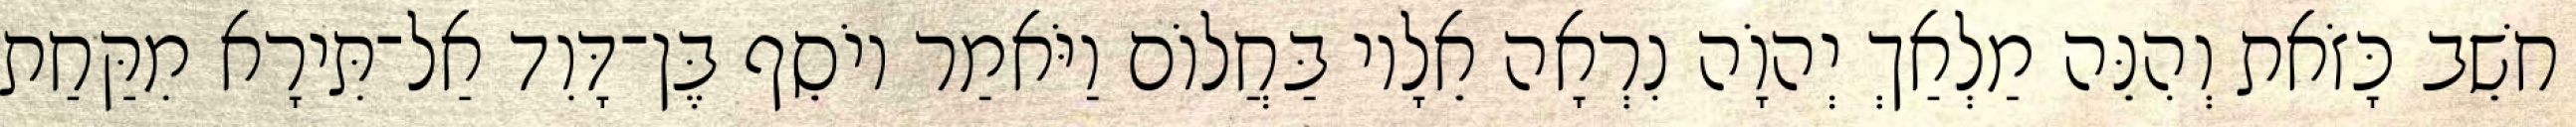
חשֵׁב כָּזֹאת וְהִנֵּה מַלְאַךְ יְהוָֹה נִרְאָה אֵלָיו בַּחֲלוֹם וַיֹּאמַר יוֹסֵף בֶּן־דָּוִד אַל־תִּירָא מִקַּחַת